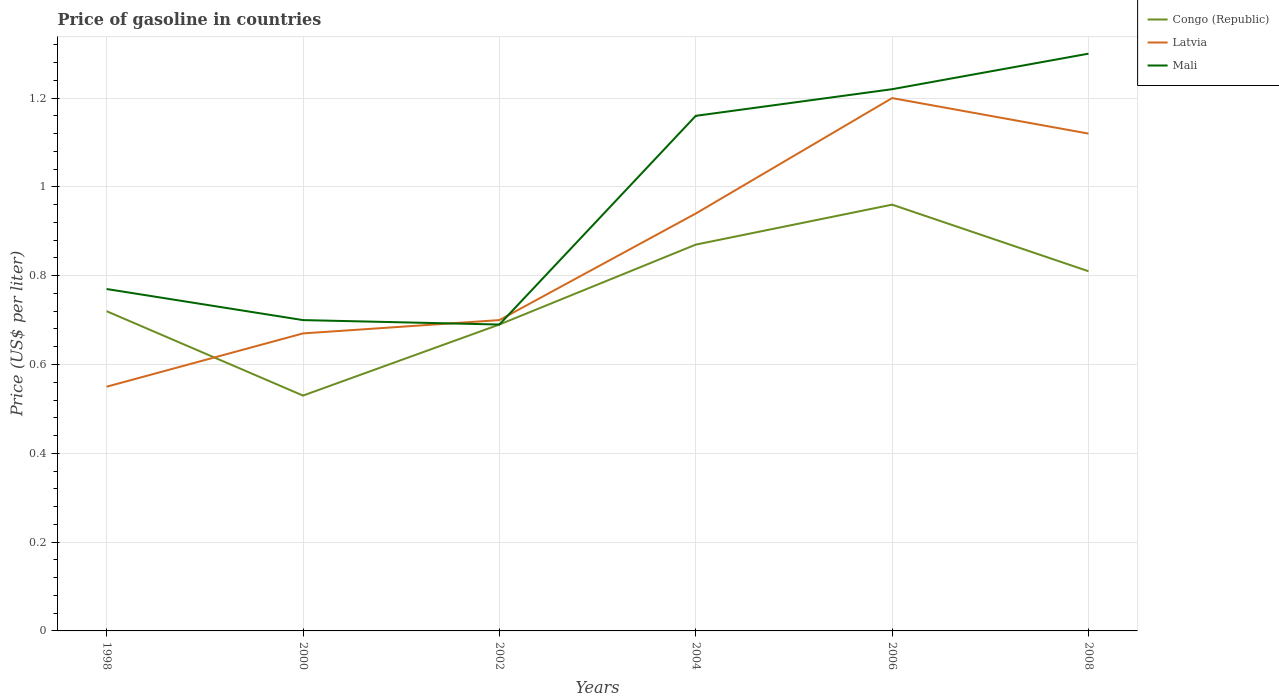
| Years | Congo (Republic) | Latvia | Mali |
 | --- | --- | --- | --- |
 | 1998 | 0.72 | 0.55 | 0.77 |
 | 2000 | 0.53 | 0.67 | 0.7 |
 | 2002 | 0.69 | 0.7 | 0.69 |
 | 2004 | 0.87 | 0.94 | 1.16 |
 | 2006 | 0.96 | 1.2 | 1.22 |
 | 2008 | 0.81 | 1.12 | 1.3 |